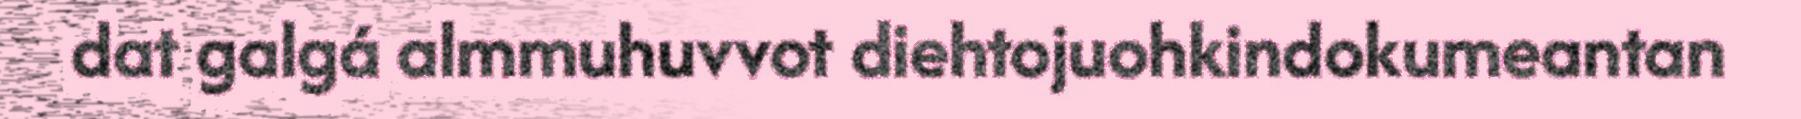
dat galgá almmuhuvvot diehtojuohkindokumeantan